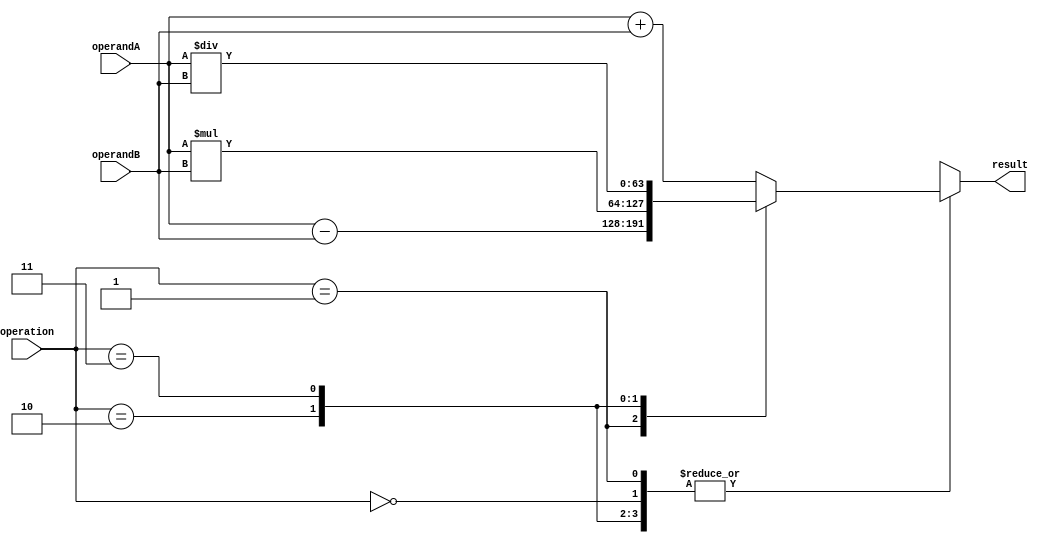
module double_precision_float_unit(
    input [63:0] operandA,
    input [63:0] operandB,
    input [1:0] operation, // 00: addition, 01: subtraction, 10: multiplication, 11: division
    output reg [63:0] result
);

reg [63:0] intermediate_value;

always @(*) begin
    case(operation)
        2'b00: intermediate_value = operandA + operandB; // addition
        2'b01: intermediate_value = operandA - operandB; // subtraction
        2'b10: intermediate_value = operandA * operandB; // multiplication
        2'b11: intermediate_value = operandA / operandB; // division
    endcase
end

always @(*) begin
    case(operation)
        2'b00: result = intermediate_value; // addition
        2'b01: result = intermediate_value; // subtraction
        2'b10: result = intermediate_value; // multiplication
        2'b11: result = intermediate_value; // division
    endcase
end

endmodule